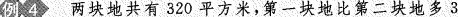
例4 两块地共有320平方米，第一块地比第二块地多3